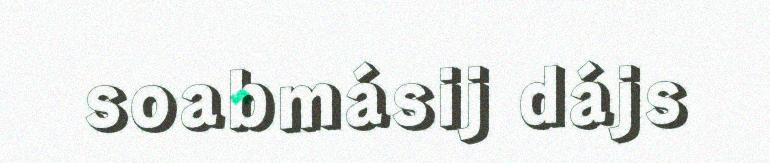
soabmásij dájs